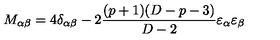
M _ { \alpha \beta } = 4 \delta _ { \alpha \beta } - 2 \frac { ( p + 1 ) ( D - p - 3 ) } { D - 2 } \varepsilon _ { \alpha } \varepsilon _ { \beta }